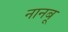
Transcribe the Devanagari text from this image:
नानबू